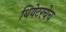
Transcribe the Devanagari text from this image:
थियेटरचेच